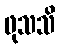
ဖုသသိ